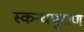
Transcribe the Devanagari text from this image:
स्कन्धपुराण